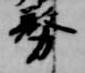
務